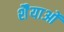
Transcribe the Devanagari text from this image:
शैैयाओं